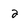
Character: 2